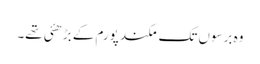
وہ برسوں تک مکند پورم کے بڑھئی تھے۔